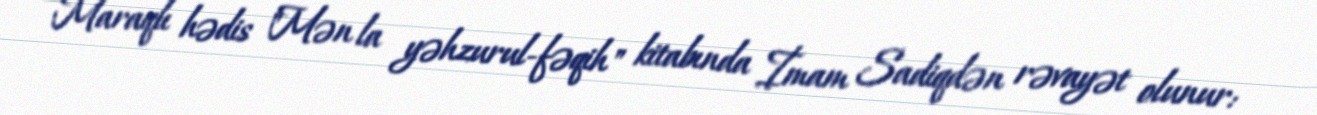
Maraqlı hədis "Mən la yəhzurul-fəqih" kitabında İmam Sadiqdən rəvayət olunur: